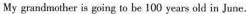
My grandmother is going to be 100 years old in June.